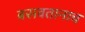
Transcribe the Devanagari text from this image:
बसवतानाच